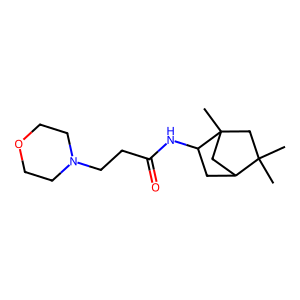
SMILES: CC1(C)CC2(C)CC1CC2NC(=O)CCN1CCOCC1
Inhibits HIV replication: No